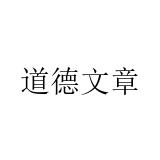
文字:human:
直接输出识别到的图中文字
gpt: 道德文章